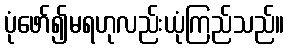
ပုံဖော်၍မရဟုလည်းယုံကြည်သည်။